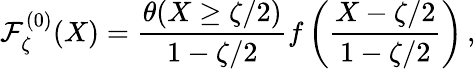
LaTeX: {\cal\mathcal{F}}_{\zeta}^{(0)}(X)=\frac{{\theta(X\geq\zeta/2)}}{{1-\zeta/2}}f\left(\frac{{X-\zeta/2}}{{1-\zeta/2}}\right)\, ,